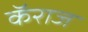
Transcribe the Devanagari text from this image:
कॅराज